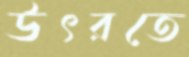
উৎরতে